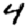
Digit: 4